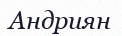
Андриян